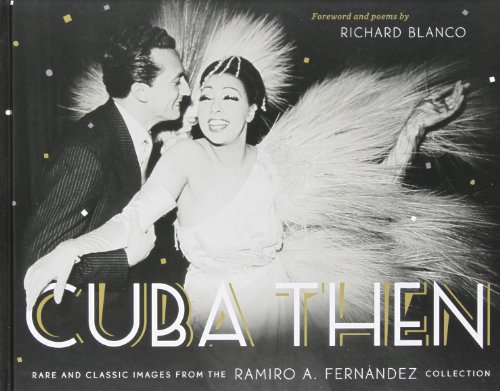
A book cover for Cuba Then: Rare and Classic Images from the Ramiro Fernandez Collection; Ramiro Fernandez; History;